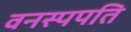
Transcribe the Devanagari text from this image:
वनस्पपति